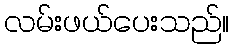
လမ်းဖယ်ပေးသည်။